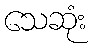
သေဆုံး